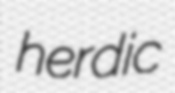
herdic